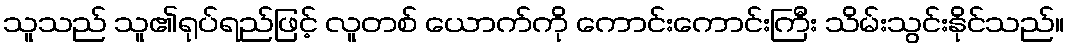
သူသည် သူ၏ရုပ်ရည်ဖြင့် လူတစ် ယောက်ကို ကောင်းကောင်းကြီး သိမ်းသွင်းနိုင်သည်။